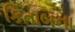
કિતાબના